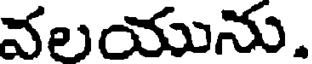
వలయును.